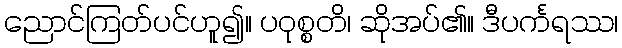
ညောင်ကြတ်ပင်ဟူ၍။ ပဝုစ္စတိ၊ ဆိုအပ်၏။ ဒီပင်္ကရဿ၊